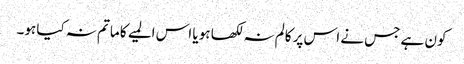
کون ہے جس نے اس پر کالم نہ لکھا ہو یا اس المیے کا ماتم نہ کیا ہو۔